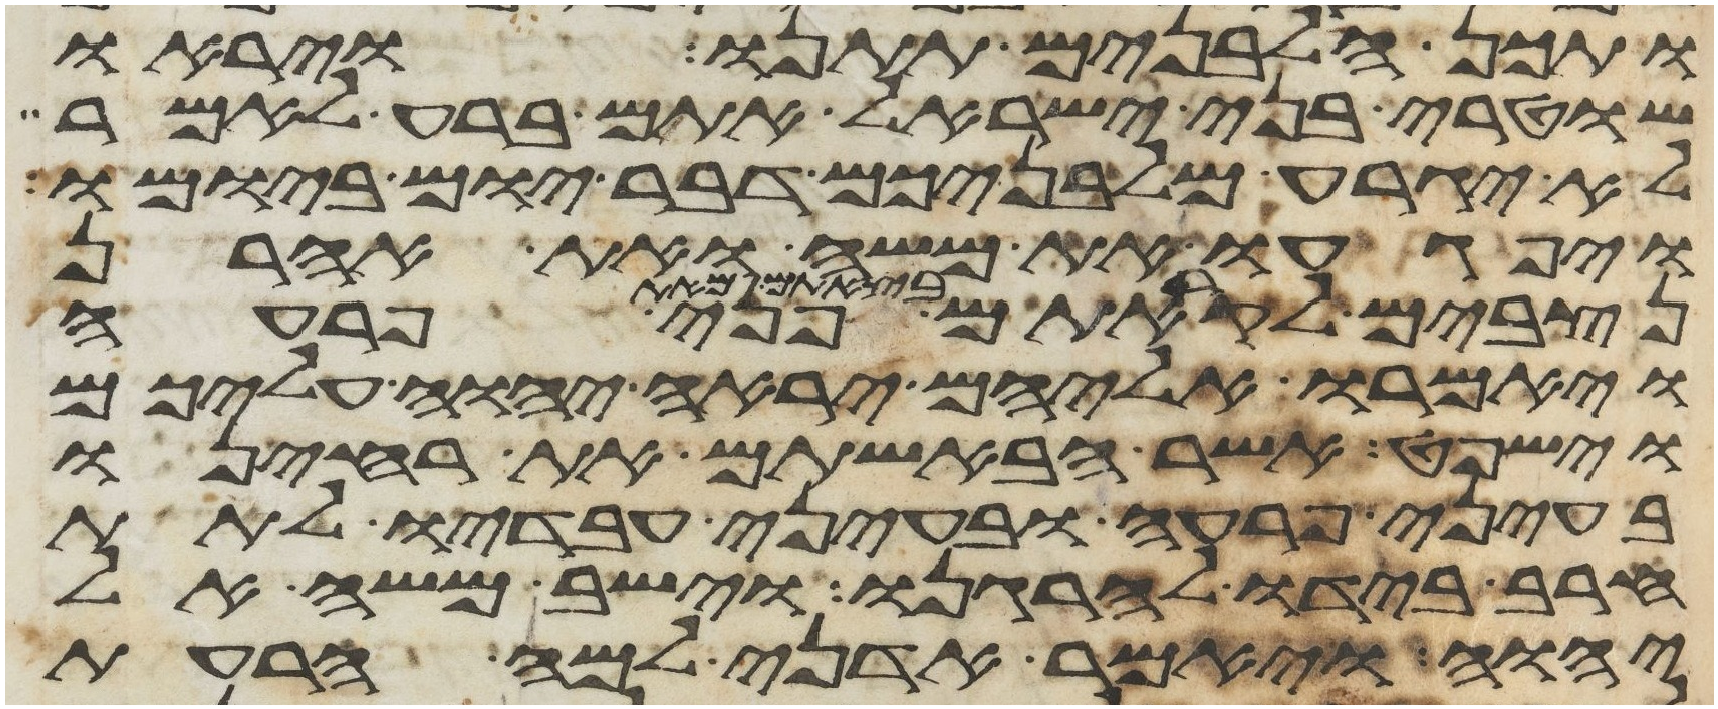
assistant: ותכן הלבנים תתנו ויראו
שוטרי בני ישראל אתם ברע לאמר
לא יגרע מלבניכם דבר יום ביומו
ויפגעו את משה ואת אהרן
נצבים לקראתם בצאתם מאת פני פרעה
ויאמרו אליהם יראה יהוה עליכם
וישפט אשר הבאשתם את ריחנו
בעיני פרעה ובעיני עבדיו לתת
חרב בידו להרגנו וישב משה אל
יהוה ויאמר אדני למה הרעת